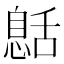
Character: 𦧰